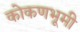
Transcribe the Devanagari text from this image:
कोकणभूमी